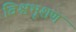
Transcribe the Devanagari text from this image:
विश्वभूशण